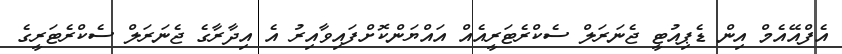
އެފްއޭއެމް އިން ޑެޕިއުޓީ ޖެނަރަލް ސެކްރެޓަރީއެއް އައްޔަންކޮށްފައިވާއިރު އެ އިދާރާގެ ޖެނަރަލް ސެކްރެޓަރީގެ